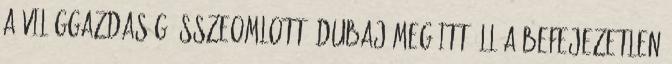
a világgazdaság összeomlott, Dubaj meg itt áll a befejezetlen